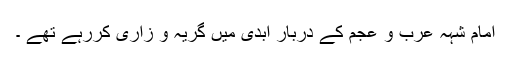
امام شہہ عرب و عجمؐ کے دربارِ ابدی میں گریہ و زاری کررہے تھے ۔